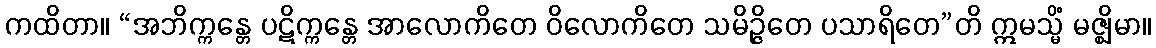
ကထိတာ။ “အဘိက္ကန္တေ ပဋိက္ကန္တေ အာလောကိတေ ဝိလောကိတေ သမိဉ္ဇိတေ ပသာရိတေ”တိ ဣမသ္မိံ မဇ္ဈိမာ။